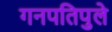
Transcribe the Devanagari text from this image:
गनपतिपुले